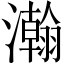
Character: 瀚